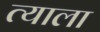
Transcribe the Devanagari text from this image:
त्‍याला